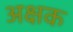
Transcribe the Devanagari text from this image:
अक्षक